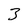
Character: 3